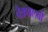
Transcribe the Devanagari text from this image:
चैत्रपालवी